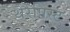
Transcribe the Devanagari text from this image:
थेरैपिस्ट